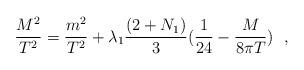
LaTeX: \begin{align*}\frac{M^2}{T^2}= \frac{m^2}{T^2} + \lambda_1 \frac{(2+N_1)}{3} (\frac{1}{24}-\frac{M}{8\pi T})~~, \end{align*}